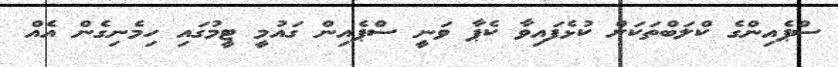
ސްޕެއިންގެ ކްލަބްތަކަށް ކުޅެފައިވާ ކެޕާ ވަނީ ސްޕެއިން ގައުމީ ޓީމުގައި ހިމެނިގެން އެއް